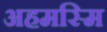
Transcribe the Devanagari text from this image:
अहमस्मि